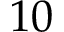
1 0